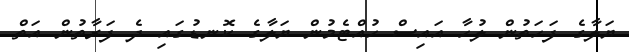
ޔަލާގެ ފަހަތުން ލުހާ އައިސް ހުއްޓެމުން ޔަލާގެ ކޮނޑުގައި ދެ ފަރާތުން އަތް